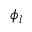
\phi _ { l }